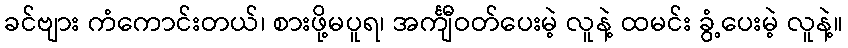
ခင်ဗျား ကံကောင်းတယ်၊ စားဖို့မပူရ၊ အင်္ကျီဝတ်ပေးမဲ့ လူနဲ့ ထမင်း ခွံ့ပေးမဲ့ လူနဲ့။